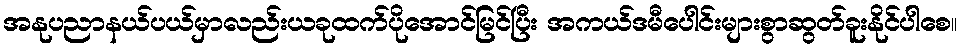
အနုပညာနယ်ပယ်မှာလည်းယခုထက်ပိုအောင်မြင်ပြီး အကယ်ဒမီပေါင်းများစွာဆွတ်ခူးနိုင်ပါစေ။